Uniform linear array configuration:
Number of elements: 24
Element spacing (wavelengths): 0.75
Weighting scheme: binomial
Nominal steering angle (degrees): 45
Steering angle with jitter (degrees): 45.99
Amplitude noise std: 0.05
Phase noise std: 0.05

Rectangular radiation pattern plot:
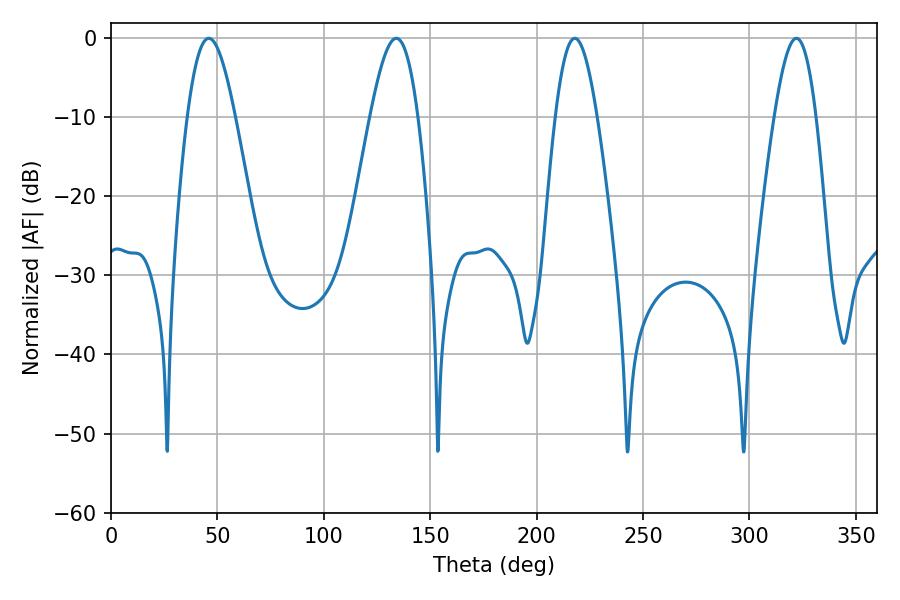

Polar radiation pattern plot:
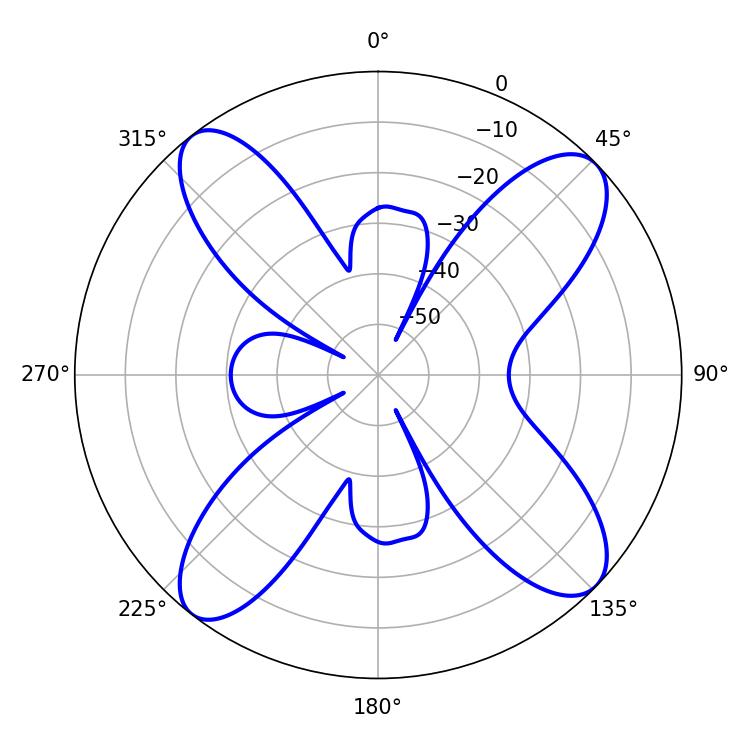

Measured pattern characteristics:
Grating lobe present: TRUE
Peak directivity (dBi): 13.691
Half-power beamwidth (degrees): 12.06
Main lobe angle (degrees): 45.9